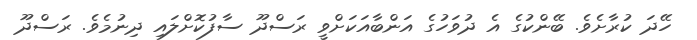
ހޭދަ ކުރާށެވެ. ބޭންކުގެ އެ ދުވަހުގެ އަންބާއަކަށްވީ ރަސްދޫ ސާފުކޮށްލައި ދިނުމެވެ. ރަސްދޫ